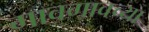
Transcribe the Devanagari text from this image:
गावगावच्या